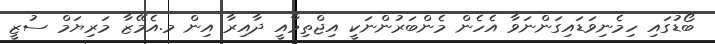
ބޯޑުގައި ހިމެނިވަޑައިގަންނަވާ އެހެން މެންބަރުންނަކީ އިޖްތިމާއީ ދާއިރާ އިން މ.އެމޭޒާ މަރިޔަމް ސުޒީ